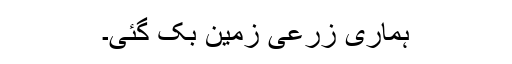
ہماری زرعی زمین بک گئی۔